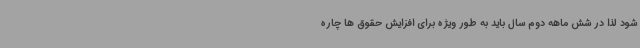
شود لذا در شش ماهه دوم سال باید به طور ویژه برای افزایش حقوق ها چاره